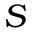
S